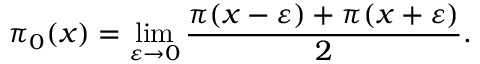
\pi _ { 0 } ( x ) = \operatorname* { l i m } _ { \varepsilon \rightarrow 0 } { \frac { \pi ( x - \varepsilon ) + \pi ( x + \varepsilon ) } { 2 } } .